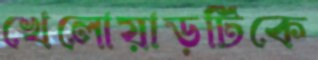
খেলোয়াড়টিকে